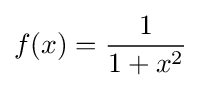
{\textstyle f(x)={\dfrac {1}{1+x^{2}}}}